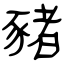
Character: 豬